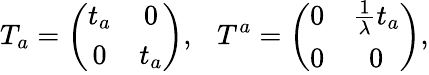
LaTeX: T_{a}=\left(\begin{array}{cc}{{t_{a}}}&{{0}}\\ {{0}}&{{t_{a}}}\end{array}\right),~~~T^{a}=\left(\begin{array}{cc}{{0}}&{{\frac{1}{\lambda}t_{a}}}\\ {{0}}&{{0}}\end{array}\right),